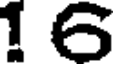
1 6